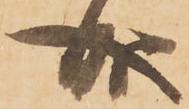
成